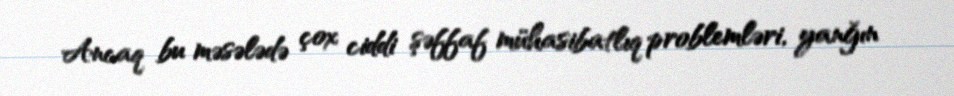
Ancaq bu məsələdə çox ciddi şəffaf mühasibatlıq problemləri, yanğın